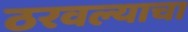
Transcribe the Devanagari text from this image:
ठरवल्याचा